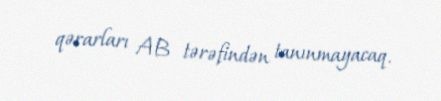
qərarları AB tərəfindən tanınmayacaq.